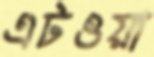
এটওয়া